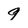
Character: 9